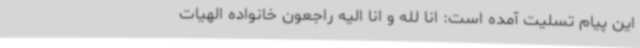
این پیام تسلیت آمده است: انا لله و انا الیه راجعون خانواده الهیات